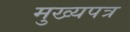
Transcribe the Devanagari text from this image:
मुख्यपत्र